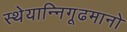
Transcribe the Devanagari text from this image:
स्थेयान्निगूढमानो